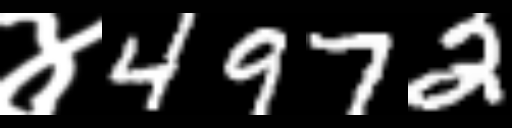
Text: ४4972